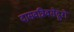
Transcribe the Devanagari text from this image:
दासवन्निवसेद्गुरो